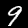
Digit: 9